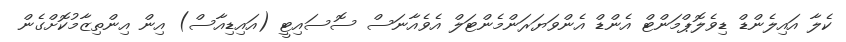
ކެލާ އައިލެންޑް ޑިވެލޮޕްމަންޓް އެންޑް އެންވަޔަރަންމެންޓަލް އެވެއާނަސް ސޮސައިޓީ (އައިޑިއާސް) އިން އިންތިޒާމުކޮށްގެން